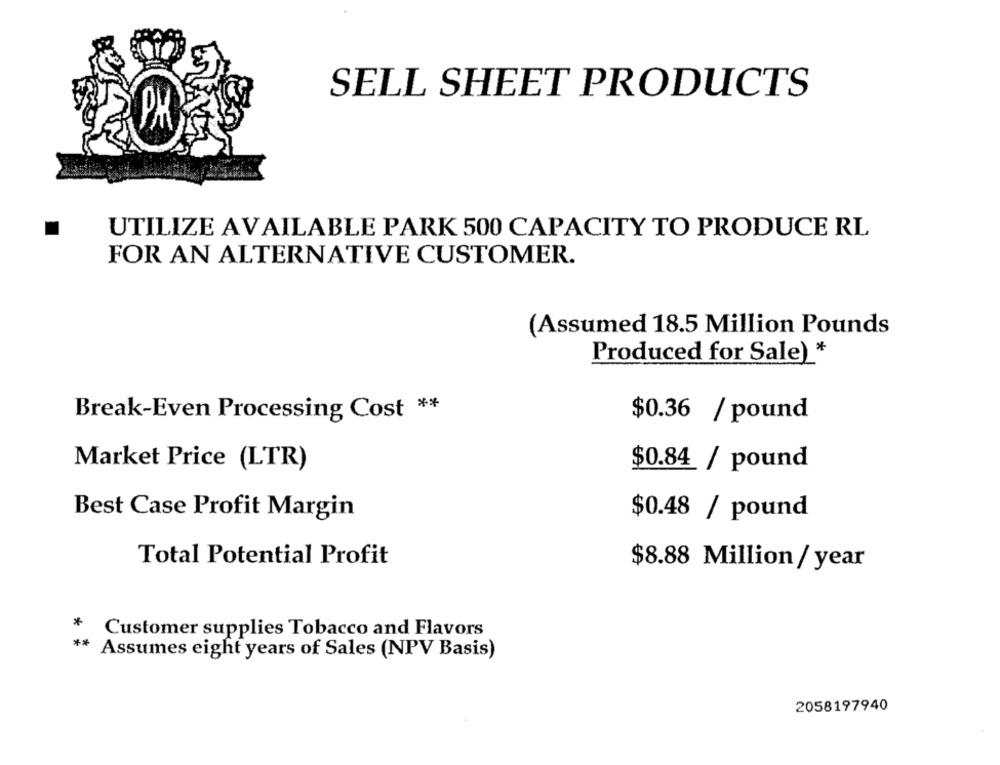
SELL SHEET PRODUCTS
PH
UTILIZE AVAILABLE PARK 500 CAPACITY TO PRODUCE RL
FOR AN ALTERNATIVE CUSTOMER.
(Assumed 18.5 Million Pounds
Produced for Sale) *
Break-Even Processing Cost **
$0.36 / pound
Market Price (LTR)
$0.84 / pound
Best Case Profit Margin
$0.48 / pound
Total Potential Profit
$8.88 Million / year
*
Customer supplies Tobacco and Flavors
** Assumes eight years of Sales (NPV Basis)
2058197940